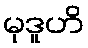
မုဒူဟိ